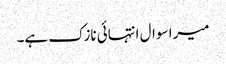
میرا سوال انتہائی نازک ہے۔